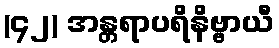
(၄၂) အန္တရာပရိနိဗ္ဗာယီ